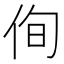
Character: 侚